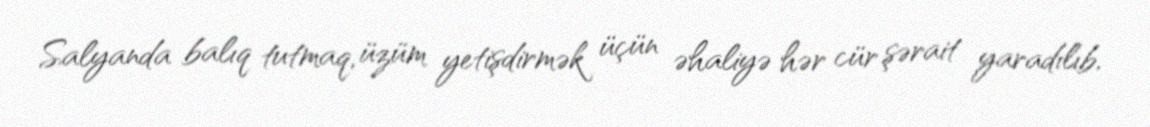
Salyanda balıq tutmaq, üzüm yetişdirmək üçün əhaliyə hər cür şərait yaradılıb,